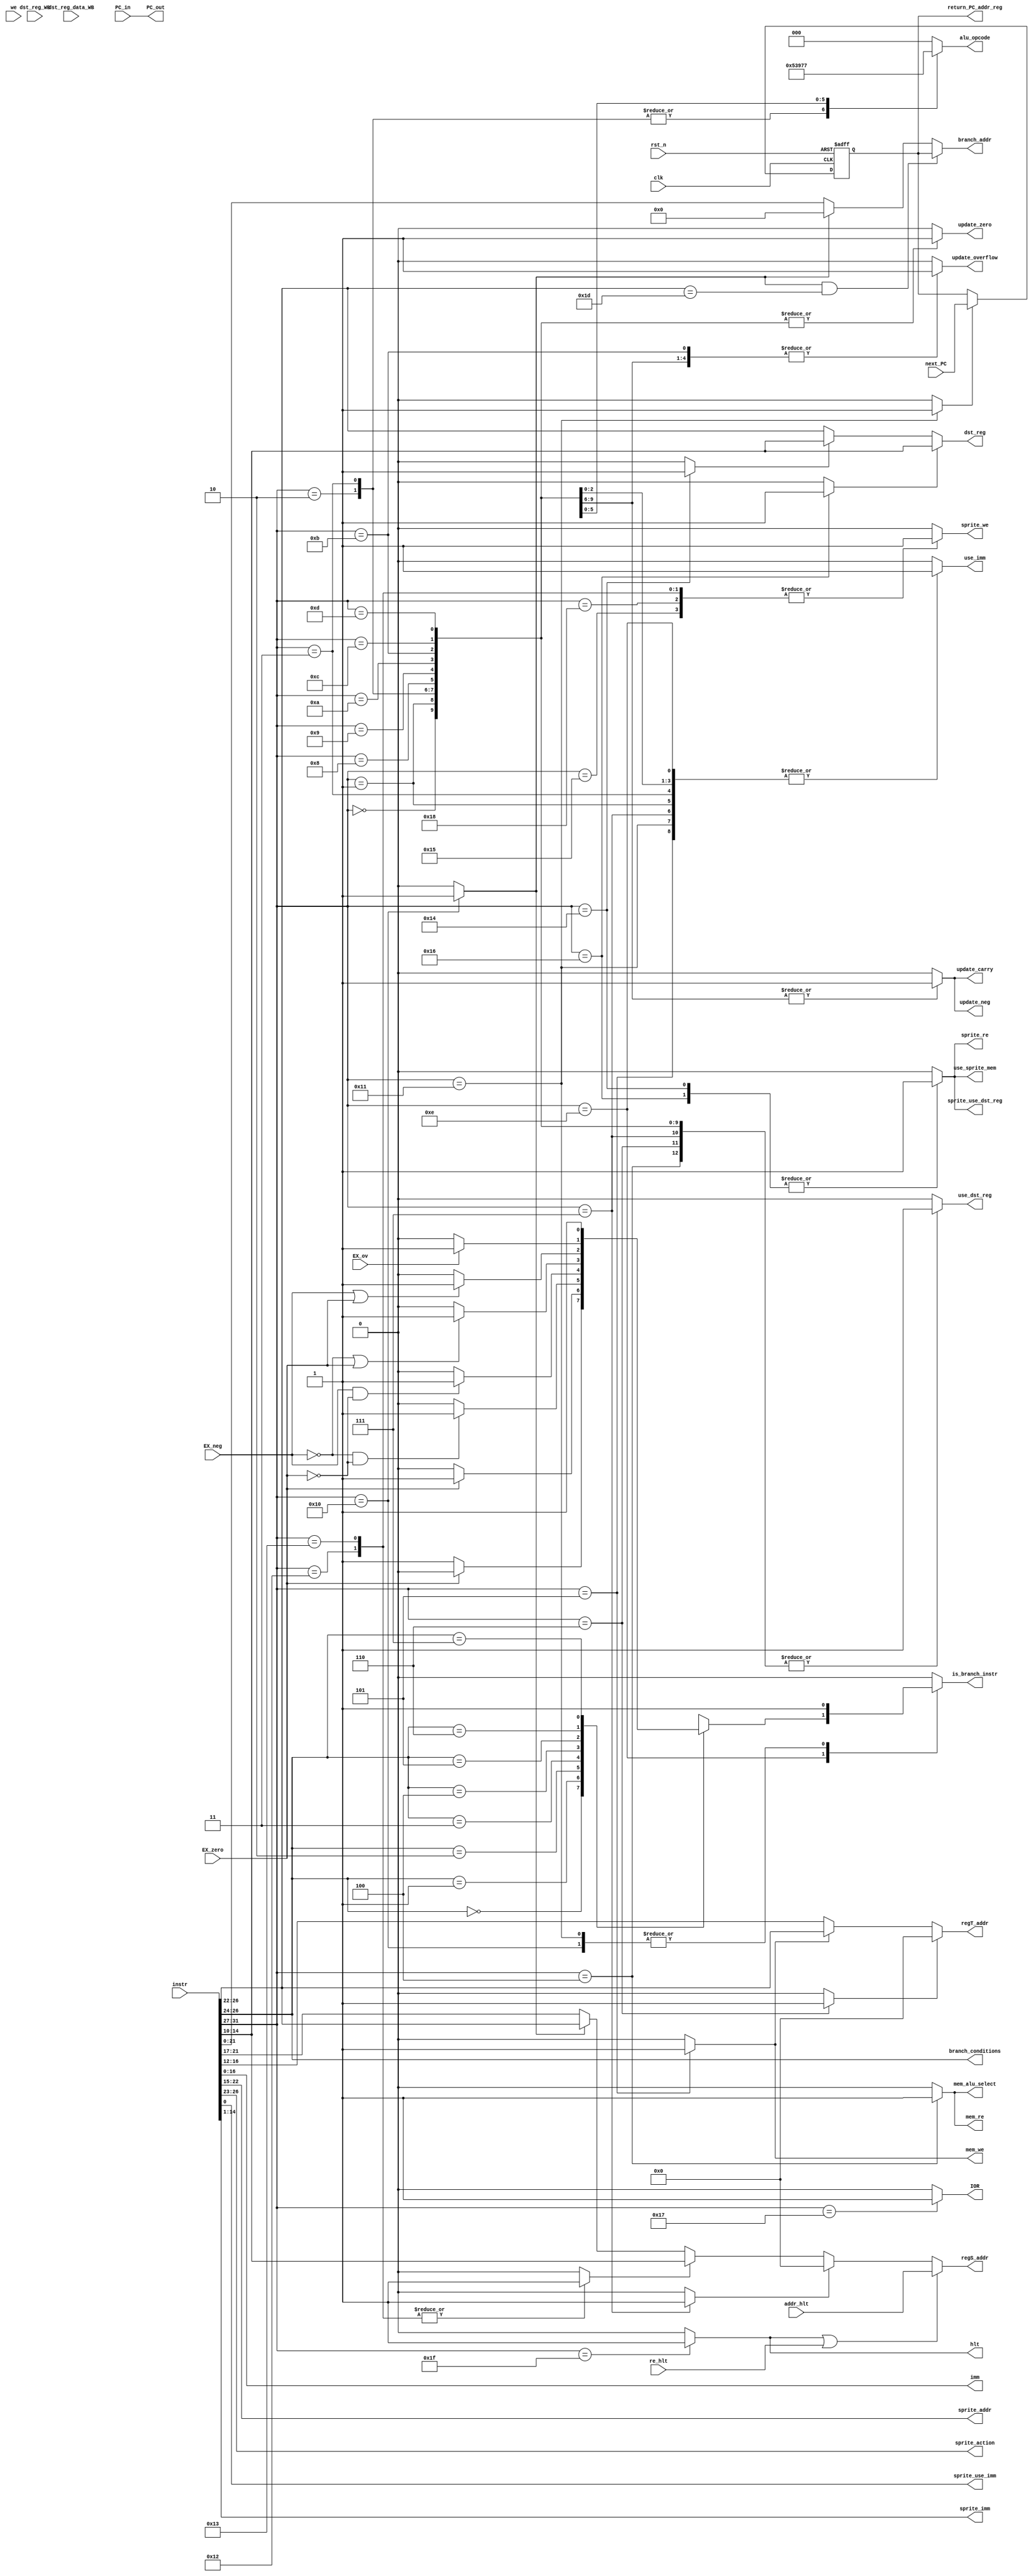
`timescale 1ns / 1ps
module instr_decode(
	input clk,
	input rst_n,
	input [31:0] instr, 
	output reg [2:0] alu_opcode, 
	output [16:0] imm, 
	// output [31:0] regS_data_ID, 
	// output [31:0] regT_data_ID, 
	output reg use_imm,
	output reg use_dst_reg, 
	output reg is_branch_instr, 
	output reg update_neg, 
	output reg update_carry, 
	output reg update_overflow, 
	output reg update_zero, 
	output [7:0] sprite_addr, 
	output [3:0] sprite_action, 
	output sprite_use_imm, 
	output [13:0] sprite_imm, 
	/*sprite_reg_data,*/ 
	output reg sprite_re, 
	output reg sprite_we, 
	output reg sprite_use_dst_reg, 
	output reg IOR, 
	output [4:0] dst_reg, 
	output reg hlt,
	input [21:0] PC_in, 
	output [21:0] PC_out, 
	input [4:0] dst_reg_WB, 
	input [31:0] dst_reg_data_WB, 
	input we, 
	output [21:0] branch_addr, 
	output [2:0] branch_conditions, 
	output reg mem_alu_select, 
	output reg mem_we, 
	output reg mem_re, 
	output reg use_sprite_mem,
	output reg [21:0] return_PC_addr_reg, 
	input [21:0] next_PC, 
	input re_hlt, 
	input [4:0] addr_hlt, 
	output [4:0] regS_addr, 
	output [4:0] regT_addr, 
	input EX_ov, 
	input EX_neg, 
	input EX_zero);

reg reT, reS; //Reg read enable signals sent to the reg file
reg sw_instr;
reg jr_instr, jal_instr;

/*
//reg A is port S, B is port T 
register_file_S regS (
  .clka(clk), // input clka
  .ena(1'b1), // input ena
  .wea(1'b0), // input [0 : 0] wea
  .addra(regS_addr), // input [4 : 0] addra
  .dina(32'b0), // input [31 : 0] dina
  .douta(regS_data_ID), // output [31 : 0] douta
  .clkb(clk),// input clkb
  .web(we), // input [0 : 0] web
  .addrb(dst_reg_WB), // input [4 : 0] addrb
  .dinb(data_in), // input [31 : 0] dinb
  .doutb() // output [31 : 0] doutb
);

///// CHECK THIS 				/////
///// DOES THIS MAKE SENSE ??? 	/////

register_file_T regT (
  .clka(clk), // input clka
  .wea(we), // input [0 : 0] wea
  .addra(dst_reg_WB), // input [4 : 0] addra
  .dina(data_in), // input [31 : 0] dina
  .douta(),//(32'b0), // output [31 : 0] douta
  .clkb(clk),//(clk), // input clkb
  .enb(reT | we), // input enb
  .web(1'b0), // input [0 : 0] web
  .addrb(regT_addr), // input [4 : 0] addrb
  .dinb(32'b0), // input [31 : 0] dinb
  .doutb(regT_data_ID) // output [31 : 0] doutb
);
*/


localparam ADD = 5'b00000;
localparam ADDi = 5'b00001;
localparam SUB = 5'b00010;
localparam SUBi = 5'b00011;
localparam LW = 5'b00100;
localparam SW = 5'b00101;
localparam MOV = 5'b00110;
localparam MOVi = 5'b00111;
localparam AND = 5'b01000;
localparam OR = 5'b01001;
localparam NOR = 5'b01010;
localparam SLL = 5'b01011;
localparam SRL = 5'b01100;
localparam SRA = 5'b01101;
localparam B = 5'b01110;
localparam JR = 5'b10000;
localparam JAL = 5'b10001;
localparam HALT = 5'b11111;
localparam ACT = 5'b10010;
localparam LD = 5'b10011;
localparam RD = 5'b10100;
localparam MAP = 5'b10101;
localparam CORD = 5'b10110;
localparam KEY = 5'b10111;
localparam TM = 5'b11000;

localparam ALU_ADD = 3'b000;
localparam ALU_SUB = 3'b001;
localparam ALU_AND = 3'b010;
localparam ALU_OR = 3'b011;
localparam ALU_NOR = 3'b100;
localparam ALU_SLL = 3'b101;
localparam ALU_SRL = 3'b110;
localparam ALU_SRA = 3'b111;

localparam NEQ = 3'b000;
localparam EQ = 3'b001;
localparam GT = 3'b010;
localparam LT = 3'b011;
localparam GTE = 3'b100;
localparam LTE = 3'b101;
localparam OVFL = 3'b110;
localparam UNCOND = 3'b111;

always  @(posedge clk, negedge rst_n) begin
	if(!rst_n)
			return_PC_addr_reg <= 22'd0;
	else if (jal_instr)
			return_PC_addr_reg <= next_PC;
end
	
	
wire [4:0] opcode;
assign PC_out = PC_in;

reg cord_instr, rd_instr, mov_instr, movi_instr, act_ld_instr; //asserted for the CORD and RD gpu instructions for determining dst_reg bitfield

assign dst_reg = (cord_instr == 1) ? instr[14:10] :
						(rd_instr == 1) ? instr[14:10] : instr[26:22];

assign branch_conditions = instr[26:24];

// TODO: Fix this -- JR read from reg file and is delayed 1 clk
assign branch_addr = (jr_instr && (instr[26:22] == 5'h1D)) ? return_PC_addr_reg : //if reg 29 is being accessed for a JR, then it's to return from a JAL instr
							(jr_instr) 	 								  ? 22'h0 : //else it's just a normal JR
																				 instr[21:0];			 //defaults to the LABEL field for JAL/branch instrs


assign sprite_action = instr[26:23];

assign regS_addr = (hlt | re_hlt) ? addr_hlt :
			(movi_instr) ? 5'h00 : //want S to be 0 so acts like an ADDi instr
		   (act_ld_instr) ?  instr[14:10]: //bitfield for source reg is different for this ACT and LD gpu instructions
			(jr_instr) ? instr[26:22] :	
		    instr[21:17];
			 
assign regT_addr = (mov_instr == 1) ? 5'h00 :
		   (sw_instr == 1) ? instr[26:22] : 
		    instr[16:12];

assign opcode = instr[31:27];
assign imm = instr[16:0];
//assign regS_data_ID = regS_data;
//assign regT_data_ID = regT_data;

//sprite assign statements
assign sprite_addr = instr[22:15];
assign sprite_use_imm = instr[0];
assign sprite_imm = instr[14:1];

//assign sprite_reg_data = regS_data_ID;



always @(*) begin
	use_imm = 0;
	use_dst_reg = 0;
	reT = 0;
	reS = 0;
	hlt = 0;
	cord_instr = 0;
	rd_instr = 0;
	movi_instr = 0;
	sw_instr = 0;
	jr_instr = 0;
	jal_instr = 0;
	mov_instr = 0;
	act_ld_instr = 0;
	update_neg = 0; 
	update_carry = 0; 
	update_overflow = 0; 
	update_zero = 0;
	use_sprite_mem = 0;
 
	mem_alu_select = 0; 
	mem_we = 0;
	mem_re = 0;

	sprite_re = 0;
	sprite_we = 0;
	sprite_use_dst_reg = 0;

	alu_opcode = 3'b000;
	is_branch_instr = 0;

	IOR = 0;

	case (opcode)
		ADD : begin
			reT = 1;
			reS = 1;
			use_dst_reg = 1;
			update_neg = 1; 
			update_carry = 1; 
			update_overflow = 1; 
			update_zero = 1;
			alu_opcode = ALU_ADD;
		end

		ADDi : begin
			// reS = 1;
			use_imm = 1;
			use_dst_reg = 1;
			update_neg = 1; 
			update_carry = 1; 
			update_overflow = 1; 
			update_zero = 1;
			alu_opcode = ALU_ADD;
		end

		SUB : begin
			reT = 1;
			reS = 1;
			use_dst_reg = 1;
			update_neg = 1; 
			update_carry = 1; 
			update_overflow = 1; 
			update_zero = 1;
			alu_opcode = ALU_SUB;
		end

		SUBi : begin 
			reS = 1;
			use_dst_reg = 1;
			use_imm = 1; 
			update_neg = 1; 
			update_carry = 1; 
			update_overflow = 1; 
			update_zero = 1;
			alu_opcode = ALU_SUB;   //CHECK
		end

		LW : begin
			reS = 1;
			mem_re = 1;
			mem_alu_select = 1;
			use_dst_reg = 1;
		end	
	
		SW : begin
			reS = 1;
			reT = 1;
			sw_instr = 1;
			use_imm = 1;
			mem_we = 1;
		end

		MOV : begin
			reS = 1;
			reT = 1;
			use_dst_reg = 1;
			mov_instr = 1;
		end	

		MOVi : begin
			reS = 1;
			use_dst_reg = 1;
			use_imm = 1;
			movi_instr = 1;
		end

		AND : begin
			reT = 1;
			reS = 1;
			use_dst_reg = 1; 
			update_zero = 1;
			alu_opcode = ALU_AND;
			//use_alu = 1;
		end

		OR : begin
			reT = 1;
			reS = 1;
			use_dst_reg = 1;
			update_zero = 1;
			alu_opcode = ALU_OR;
			//use_alu = 1;
		end

		NOR : begin
			reT = 1;
			reS = 1;
			use_dst_reg = 1;
			update_zero = 1;
			alu_opcode = ALU_NOR;
			//use_alu = 1;
		end

		SLL : begin
			reS = 1;
			use_dst_reg = 1;
			use_imm = 1;
			update_zero = 1;
			update_overflow = 1; //not sure
			alu_opcode = ALU_SLL;
		end

		SRL : begin
			reS = 1;
			use_dst_reg = 1;
			use_imm = 1;
			update_zero = 1;
			alu_opcode = ALU_SRL;
		end

		SRA : begin
			reS = 1;
			use_dst_reg = 1;
			use_imm = 1;
			update_zero = 1;
			alu_opcode = ALU_SRA;
		end

		B : begin
			case(branch_conditions)
				NEQ : begin
					if(~EX_zero)
						is_branch_instr = 1;
				end
				EQ : begin
					if(EX_zero)
						is_branch_instr = 1;
				end
				GT : begin
					if(~EX_neg & ~EX_zero) 
						is_branch_instr = 1;
				end
				LT : begin
					if(EX_neg & ~EX_zero)
						is_branch_instr = 1;
				end
				GTE : begin
					if(~EX_neg | EX_zero)
						is_branch_instr = 1;
				end
				LTE : begin
					if(EX_neg | EX_zero)
						is_branch_instr = 1;
				end
				OVFL : begin
					if(EX_ov)
						is_branch_instr = 1;
				end
				UNCOND : begin
					is_branch_instr = 1;
				end
			endcase	
			use_imm = 1;
		end

		JR : begin
			reS = 1;
			jr_instr = 1;
			is_branch_instr = 1;
		end

		JAL : begin
			use_imm = 1;
			jal_instr = 1;
			is_branch_instr = 1;
		end

		HALT : begin
			hlt = 1;
		end

		ACT : begin
			sprite_we = 1;
			act_ld_instr = 1;
		end

		LD : begin
			sprite_we = 1;
			act_ld_instr = 1;
		end

		RD : begin
			sprite_re = 1;
			sprite_use_dst_reg = 1;
			rd_instr = 1;
			use_sprite_mem = 1;
		end

		MAP : begin
			sprite_we = 1;
		end

		CORD : begin
			sprite_re = 1;
			sprite_use_dst_reg = 1;
			cord_instr = 1;
			use_sprite_mem = 1;
		end

		KEY : begin
			IOR = 1;
		end

		TM : begin
			sprite_we = 1;
		end
  endcase
end

endmodule